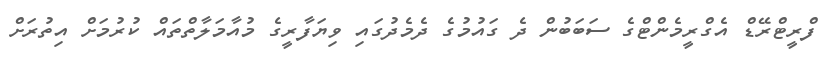
ފްރީޓްރޭޑް އެގްރީމެންޓްގެ ސަބަބުން ދެ ގައުމުގެ ދެމެދުގައި ވިޔަފާރީގެ މުއާމަލާތްތައް ކުރުމަށް އިތުރަށް